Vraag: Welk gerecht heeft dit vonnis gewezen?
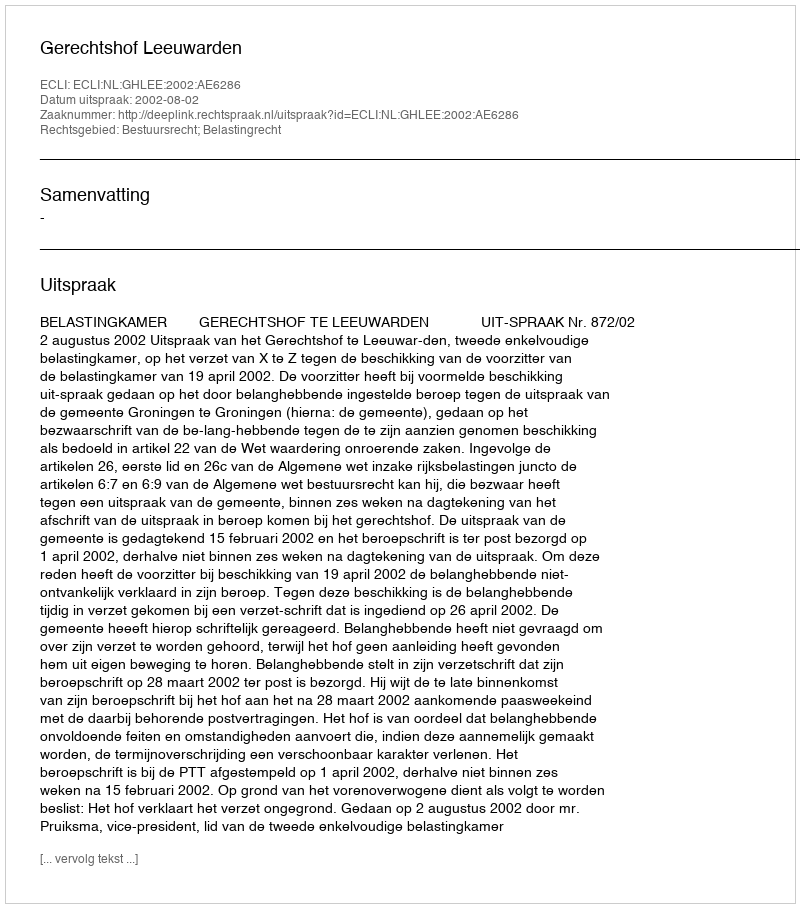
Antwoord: Gerechtshof Leeuwarden